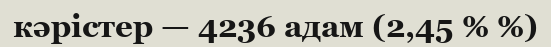
кәрістер — 4236 адам (2,45 % %)